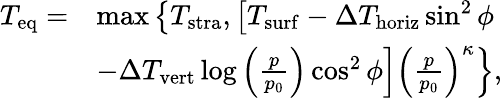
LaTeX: \begin{array}{rl}{T_{\mathrm{eq}}=}&{\operatorname*{max}\left\{ T_{\mathrm{stra}},\left[T_{\mathrm{surf}}-\Delta T_{\mathrm{horiz}}\sin^{2}\phi\right.\right.}\\ &{\left.\left.-\Delta T_{\mathrm{vert}}\log\left(\frac{p}{p_{0}}\right)\cos^{2}\phi\right]\left(\frac{p}{p_{0}}\right)^{\kappa}\right\} ,}\end{array}